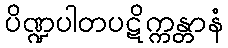
ပိဏ္ဍပါတပဋိက္ကန္တာနံ